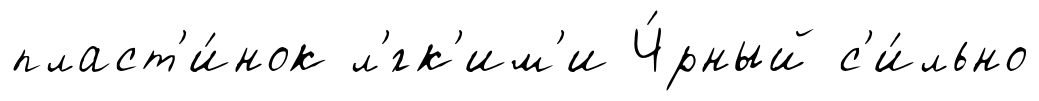
пласт'и́нок л'́гк'им'и Ч́рный с'и́льно